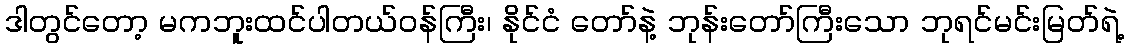
ဒါတွင်တော့ မကဘူးထင်ပါတယ်ဝန်ကြီး၊ နိုင်ငံ တော်နဲ့ ဘုန်းတော်ကြီးသော ဘုရင်မင်းမြတ်ရဲ့